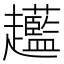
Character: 𧾲